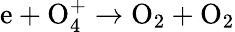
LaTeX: \mathrm{e+O_{4}^{+}\to O_{2}+O_{2}}